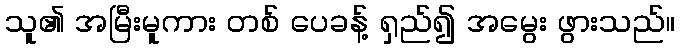
သူ၏ အမြီးမူကား တစ် ပေခန့် ရှည်၍ အမွေး ဖွားသည်။